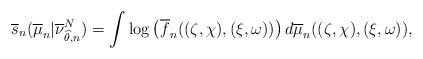
\begin{align*}\overline s_n(\overline \mu_n | \overline \nu_{\widehat\theta, n}^N)= \int \log \left( \overline f_n((\zeta,\chi),(\xi,\omega)) \right) d\overline \mu_n ((\zeta,\chi),(\xi,\omega)), \end{align*}